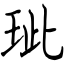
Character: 玼